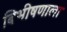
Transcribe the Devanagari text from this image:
बिभीषणाला